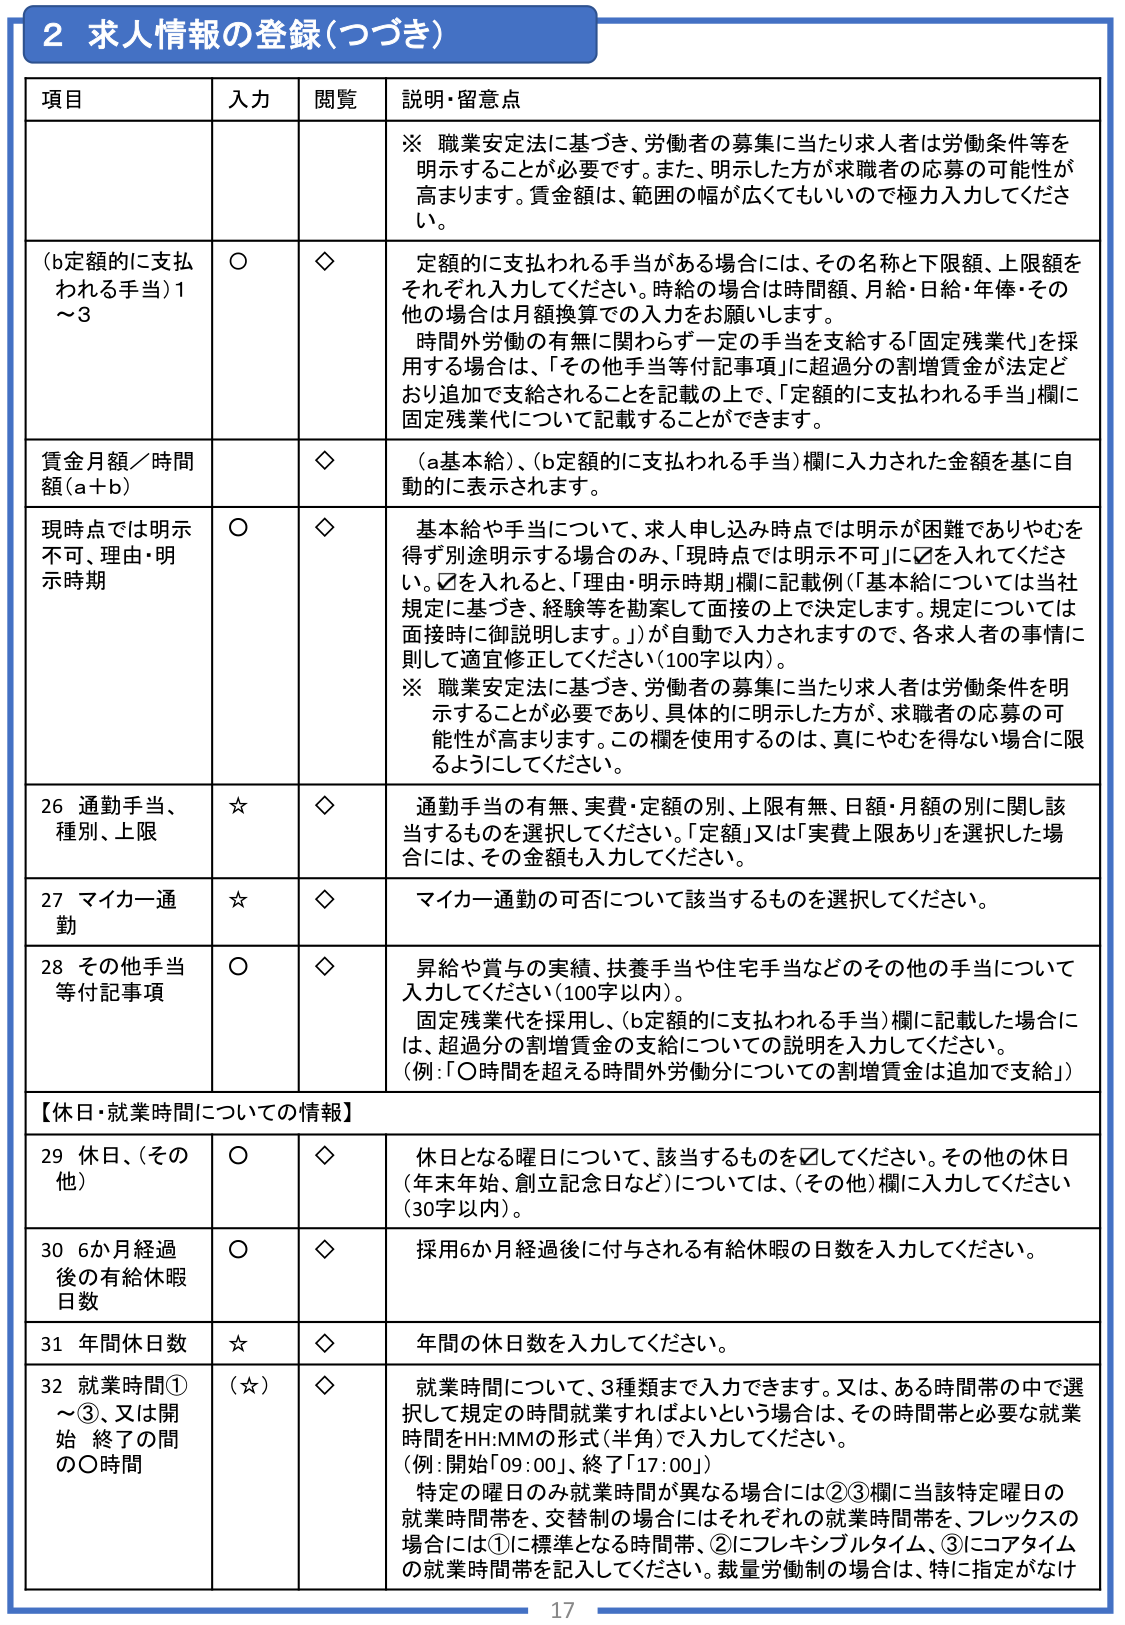
2 求人情報の登録（つづき）

項目 入力 閲覧 説明・留意点

※ 職業安定法に基づき、労働者の募集に当たり求人者は労働条件等を明示することが必要です。また、明示した方が求職者の応募の可能性が高まります。賃金額は、範囲の幅が広くてもいいので極力入力してください。

（b定額的に支払われる手当）1～3 ○ ◇ 定額的に支払われる手当がある場合には、その名称と下限額、上限額をそれぞれ入力してください。時給の場合は時間額、月給・日給・年俸・その他の場合は月額換算での入力をお願いします。 時間外労働の有無に関わらず一定の手当を支給する「固定残業代」を採用する場合は、「その他手当等付記事項」に超過分の割増賃金が法定どおり追加で支給されることを記載の上で、「定額的に支払われる手当」欄に固定残業代について記載することができます。

賃金月額／時間額（a＋b） ◇ （a基本給）、（b定額的に支払われる手当）欄に入力された金額を基に自動的に表示されます。

現時点では明示不可、理由・明示時期 ○ ◇ 基本給や手当について、求人申し込み時点では明示が困難でありやむを得ず別途明示する場合のみ、「現時点では明示不可」に☑を入れてください。☑を入れると、「理由・明示時期」欄に記載例（「基本給については当社規定に基づき、経験等を勘案して面接の上で決定します。規定については面接時に御説明します。」）が自動で入力されますので、各求人者の事情に則して適宜修正してください（100字以内）。 ※ 職業安定法に基づき、労働者の募集に当たり求人者は労働条件を明示することが必要であり、具体的に明示した方が、求職者の応募の可能性が高まります。この欄を使用するのは、真にやむを得ない場合に限るようにしてください。

26 通勤手当、種別、上限 ☆ ◇ 通勤手当の有無、実費・定額の別、上限有無、日額・月額の別に関し該当するものを選択してください。「定額」又は「実費上限あり」を選択した場合には、その金額も入力してください。

27 マイカー通勤 ☆ ◇ マイカー通勤の可否について該当するものを選択してください。

28 その他手当等付記事項 ○ ◇ 昇給や賞与の実績、扶養手当や住宅手当などのその他の手当について入力してください（100字以内）。 固定残業代を採用し、（b定額的に支払われる手当）欄に記載した場合には、超過分の割増賃金の支給についての説明を入力してください。 （例：「〇時間を超える時間外労働分についての割増賃金は追加で支給」）

【休日・就業時間についての情報】

29 休日、（その他） ○ ◇ 休日となる曜日について、該当するものを☑してください。その他の休日（年末年始、創立記念日など）については、（その他）欄に入力してください（30字以内）。

30 6か月経過後の有給休暇日数 ○ ◇ 採用6か月経過後に付与される有給休暇の日数を入力してください。

31 年間休日数 ☆ ◇ 年間の休日数を入力してください。

32 就業時間①～③、又は開始 終了の間の〇時間 （☆） ◇ 就業時間について、3種類まで入力できます。又は、ある時間帯の中で選択して規定の時間就業すればよいという場合は、その時間帯と必要な就業時間をHH:MMの形式（半角）で入力してください。 （例：開始「09:00」、終了「17:00」） 特定の曜日のみ就業時間が異なる場合には②③欄に当該特定曜日の就業時間帯を、交替制の場合にはそれぞれの就業時間帯を、フレックスの場合には①に標準となる時間帯、②にフレキシブルタイム、③にコアタイムの就業時間帯を記入してください。裁量労働制の場合は、特に指定がなけ

17